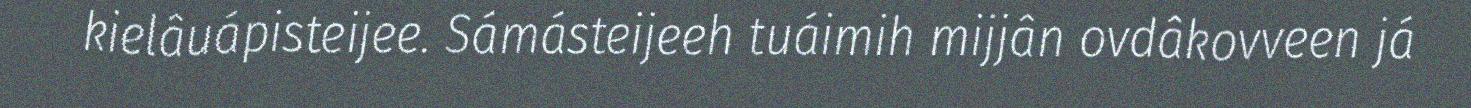
kielâuápisteijee. Sámásteijeeh tuáimih mijjân ovdâkovveen já